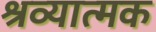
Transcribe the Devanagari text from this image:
श्रव्यात्मक